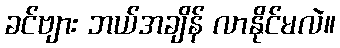
ခင်ဗျား ဘယ်အချိန် လာနိုင်မလဲ။